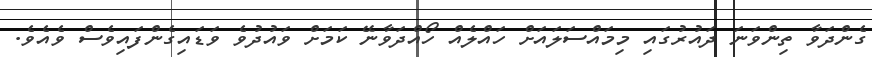
ގެންދަވާ ތިންވަނަ ދައުރުގައި މިމައްސަލައަށް ހައްލެއް ހޯއްދަވާނޭ ކަމަށް ވައުދުވެ ވަޑައިގެންފައިވެސް ވެއެވެ.